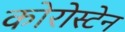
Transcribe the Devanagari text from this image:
कोरोस्टेन